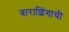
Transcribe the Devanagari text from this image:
बाराशिंगाची